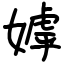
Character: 嫭